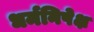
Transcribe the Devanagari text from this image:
धर्मनिपेक्ष